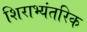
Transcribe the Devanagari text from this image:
शिराभ्यंतरिक